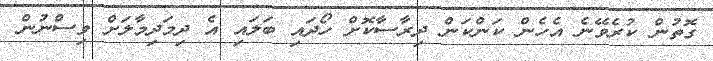
ގޮތުން ކުރެވޭނެ އެހެން ކަންކަން ދިރާސާކޮށް ހޯދައި ބަލައި އެ ދިމަދިމާލަށް ވިސްނުން